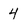
Character: 4